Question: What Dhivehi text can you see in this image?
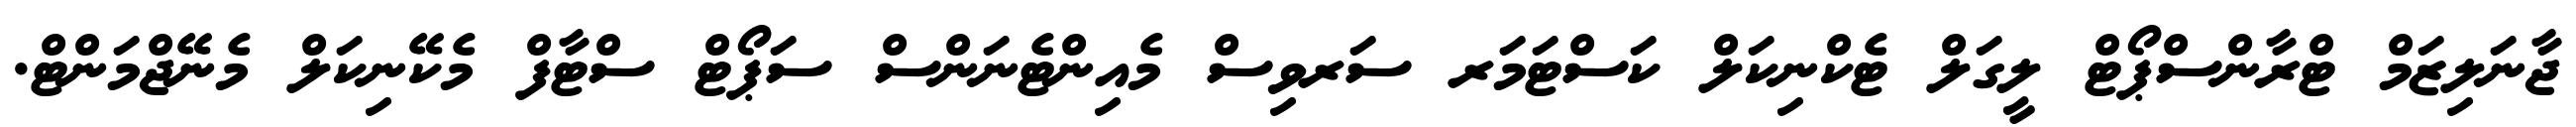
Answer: ޖާނަލިޒަމް ޓްރާންސްޕޯޓް ލީގަލް ޓެކްނިކަލް ކަސްޓަމަރ ސަރވިސް މެއިންޓެނަންސް ސަޕޯޓް ސްޓާފް މެކޭނިކަލް މެނޭޖްމަންޓް.